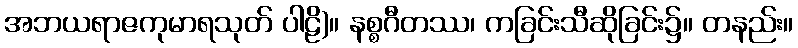
အဘယရာဇကုမာရသုတ် ပါဠိ)။ နစ္စဂီတဿ၊ ကခြင်းသီဆိုခြင်း၌။ တနည်း။